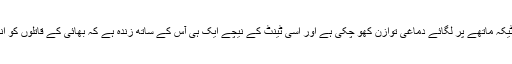
اب وہ بھی طلاق کا ٹیکہ ماتھے پر لگائے دماغی توازن کھو چکی ہے اور اسی ٹینٹ کے نیچے ایک ہی آس کے ساتھ زندہ ہے کہ بھائی کے قاتلوں کو انجام تک پہنچانا ہے ۔